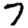
Digit: 7